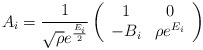
\begin{align*}A_{i}={1\over \sqrt{\rho} e^{E_{i} \over 2}} \left( \begin{array}{cc} 1&0\\ -B_{i}&\rho e^{E_{i}} \end{array} \right)\end{align*}